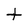
Character: t